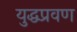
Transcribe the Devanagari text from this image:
युद्धप्रवण